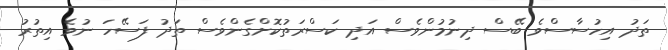
ތަދު އިހުސާސްވެ ބޭސް ދިނުމުންވެސް އަދި ކަސްރަތުކޮށްގެންވެސް ތަދު ފަސޭހަ ނުވެ އިތުރު